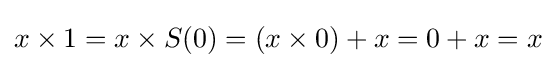
x\times 1=x\times S(0)=(x\times 0)+x=0+x=x